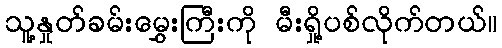
သူ့နှုတ်ခမ်းမွှေးကြီးကို မီးရှို့ပစ်လိုက်တယ်။